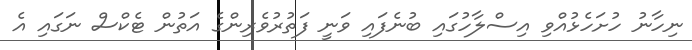
ނިހާނު ހުށަހެޅުއްވި އިސްލާހުގައި ބުނެފައި ވަނީ ފަތުރުވެރިންގެ އަތުން ޓެކްސް ނަގައި އެ